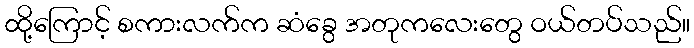
ထို့ကြောင့် စကားလက်က ဆံခွေ အတုကလေးတွေ ဝယ်တပ်သည်။